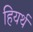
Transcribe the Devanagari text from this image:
हियर्थ